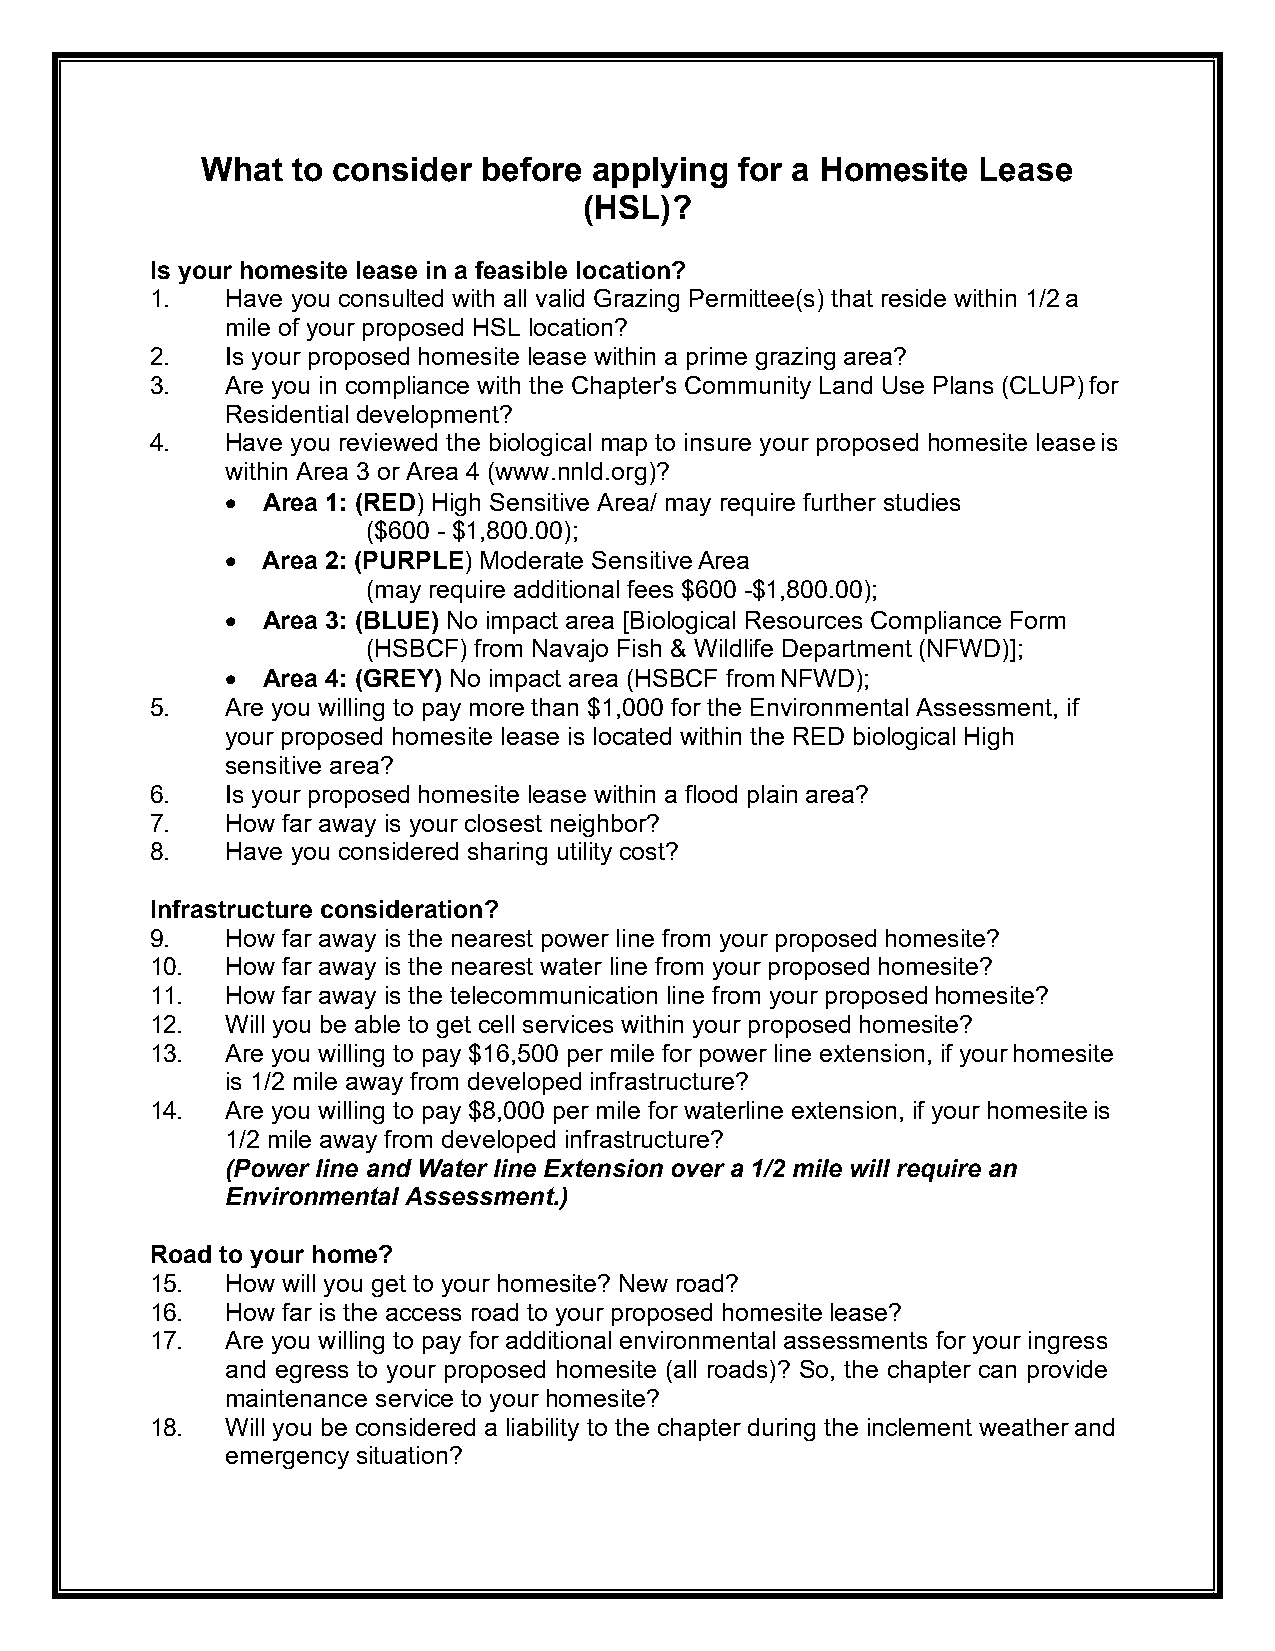
What  to consider  before applying  for a Homesite  Lease
 (HSL)?
 Is your homesite lease in a feasible location?
 1.   Have you consulted with all valid Grazing Permittee(s) that reside within 1/2 a
 mile of your proposed HSL location?
 2.   Is your proposed homesite lease within a prime grazing area?
 3.   Are you in compliance with the Chapter's Community Land Use Plans (CLUP) for
 Residential development?
 4.   Have you reviewed the biological map to insure your proposed homesite lease is
 within Area 3 or Area 4 (www.nnld.org)?
 • Area 1: (RED) High Sensitive Area/ may require further studies
 ($600 - $1,800.00);
 • Area 2: (PURPLE) Moderate Sensitive Area
 (may require additional fees $600 -$1,800.00);
 • Area 3: (BLUE) No impact area [Biological Resources Compliance Form
 (HSBCF) from Navajo Fish & Wildlife Department (NFWD)];
 • Area 4: (GREY) No impact area (HSBCF from NFWD);
 5.   Are you willing to pay more than $1,000 for the Environmental Assessment, if
 your proposed homesite lease is located within the RED biological High
 sensitive area?
 6.   Is your proposed homesite lease within a flood plain area?
 7.   How far away is your closest neighbor?
 8.   Have you considered sharing utility cost?
 Infrastructure consideration?
 9.   How far away is the nearest power line from your proposed homesite?
 10.  How far away is the nearest water line from your proposed homesite?
 11.  How far away is the telecommunication line from your proposed homesite?
 12.  Will you be able to get cell services within your proposed homesite?
 13.  Are you willing to pay $16,500 per mile for power line extension, if your homesite
 is 1/2 mile away from developed infrastructure?
 14.  Are you willing to pay $8,000 per mile for waterline extension, if your homesite is
 1/2 mile away from developed infrastructure?
 (Power line and Water line Extension over a 1/2 mile will require an
 Environmental Assessment.)
 Road to your home?
 15.  How will you get to your homesite? New road?
 16.  How far is the access road to your proposed homesite lease?
 17.  Are you willing to pay for additional environmental assessments for your ingress
 and egress to your proposed homesite (all roads)? So, the chapter can provide
 maintenance service to your homesite?
 18.  Will you be considered a liability to the chapter during the inclement weather and
 emergency situation?